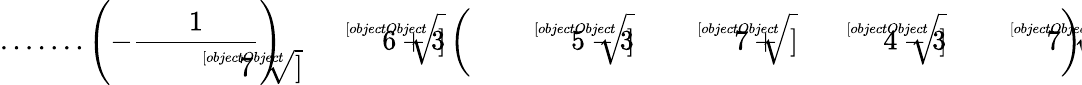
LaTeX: {\mathrm{.......}}\left(-{\frac{1}{\sqrt[[objectObject]]{7}}}\right){\sqrt[[objectObject]]{6+3\left({\sqrt[[objectObject]]{5-3{\sqrt[[objectObject]]{7}}}}+{\sqrt[[objectObject]]{4-3{\sqrt[[objectObject]]{7}}}}\right)}}